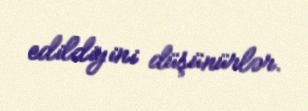
edildiyini düşünürlər.